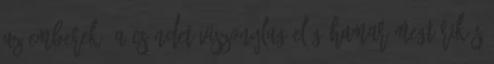
az emberek. A csöndet viszonylag elég hamar megtörik s